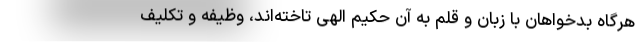
هرگاه بدخواهان با زبان و قلم به آن حکیم الهی تاخته‌اند، وظیفه و تکلیف